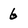
Character: 6